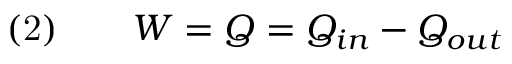
{ \mathrm { ( 2 ) } } \qquad W = Q = Q _ { i n } - Q _ { o u t }